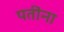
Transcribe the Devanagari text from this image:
पतींना